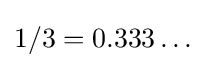
1/3=0.333\ldots